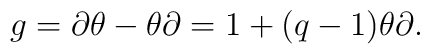
g=\partial \theta -\theta \partial =1+(q-1)\theta \partial .